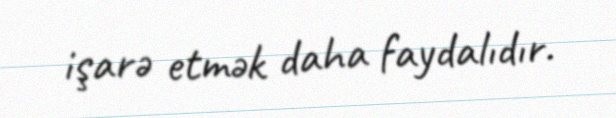
işarə etmək daha faydalıdır.